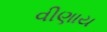
વીણાય